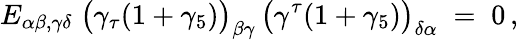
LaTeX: E_{\alpha\beta,\gamma\delta}\; \big(\gamma_{\tau}(1+\gamma_{5})\big)_{\beta\gamma}\, \big(\gamma^{\tau}(1+\gamma_{5})\big)_{\delta\alpha}\; =\; 0\, ,